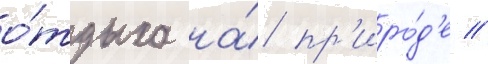
о́тдыха на́ пр'иро́д'е //